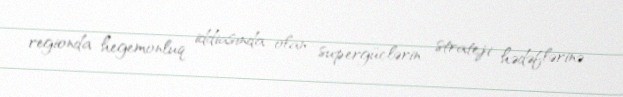
regionda hegemonluq iddiasında olan supergüclərin strateji hədəflərinə